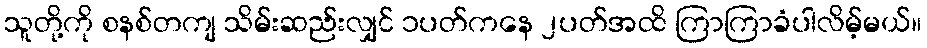
သူတို့ကို စနစ်တကျ သိမ်းဆည်းလျှင် ၁ပတ်ကနေ ၂ပတ်အထိ ကြာကြာခံပါလိမ့်မယ်။